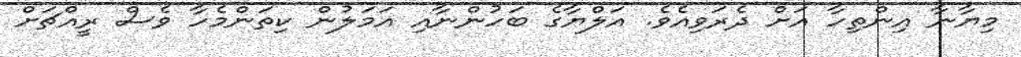
މިޔާނާ އިންތިހާ އަށް ދެރަވިއެވެ. އަލްޔާގެ ބަހުންނާއި އަމަލުން ކިތަންމެހާ ވެސް ރީއްޗަށް